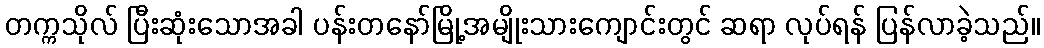
တက္ကသိုလ် ပြီးဆုံးသောအခါ ပန်းတနော်မြို့အမျိုးသားကျောင်းတွင် ဆရာ လုပ်ရန် ပြန်လာခဲ့သည်။